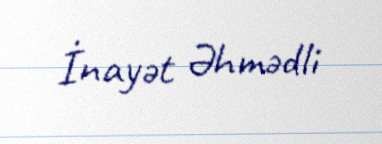
İnayət Əhmədli